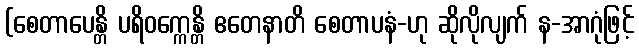
(စေတာပေန္တိ ပရိဝက္ကေန္တိ ဧတေနာတိ စေတာပနံ-ဟု ဆိုလိုလျက် န-အာဂုံဖြင့်